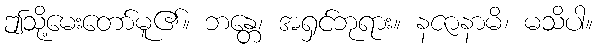
ဤသို့မေးတော်မူ၏။ ဘန္တေ၊ အရှင်ဘုရား။ နဇာနာမိ၊ မသိပါ။